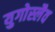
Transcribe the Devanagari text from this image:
युगोस्लैव